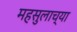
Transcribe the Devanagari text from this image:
महसुलाच्या